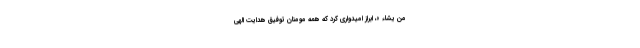
مَنْ یَشَاءُ »، ابراز امیدواری کرد که همه مومنان توفیق هدایت الهی